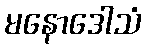
မနောဒေါသံ